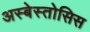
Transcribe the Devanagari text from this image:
अस्बेस्तोसिस